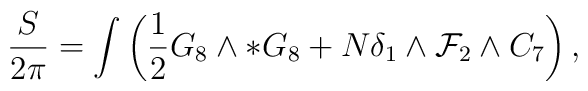
\frac{S}{2\pi}=\int\left(\frac{1}{2}G_8\wedge *G_8+N\delta_1\wedge{\cal F}_2\wedge C_7\right),